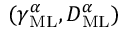
( \gamma _ { \mathrm { M L } } ^ { \alpha } , D _ { \mathrm { M L } } ^ { \alpha } )